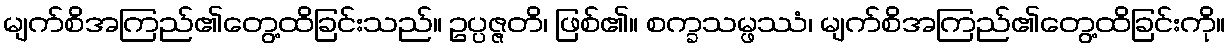
မျက်စိအကြည်၏တွေ့ထိခြင်းသည်။ ဥပ္ပဇ္ဇတိ၊ ဖြစ်၏။ စက္ခသမ္ဖဿံ၊ မျက်စိအကြည်၏တွေ့ထိခြင်းကို။